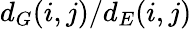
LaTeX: d_{G}(i,j)/d_{E}(i,j)